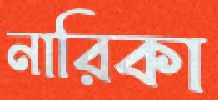
নারিকা